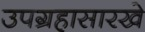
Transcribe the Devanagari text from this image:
उपग्रहासारखे